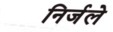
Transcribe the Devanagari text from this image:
निर्जले